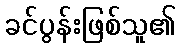
ခင်ပွန်းဖြစ်သူ၏